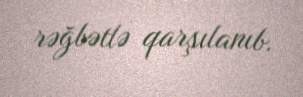
rəğbətlə qarşılanıb.